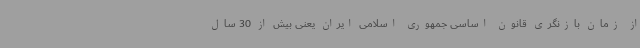
از زمان بازنگری قانون اساسی جمهوری اسلامی ایران یعنی بیش از 30 سال